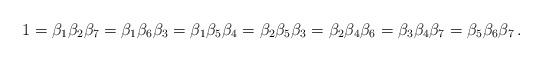
LaTeX: \begin{align*}1=\beta_{1}\beta_{2}\beta_{7}=\beta_{1}\beta_{6}\beta_{3}=\beta_{1}\beta_{5}\beta_{4}=\beta_{2}\beta_{5}\beta_{3}=\beta_{2}\beta_{4}\beta_{6}=\beta_{3}\beta_{4}\beta_{7}=\beta_{5}\beta_{6}\beta_{7}\,.\end{align*}